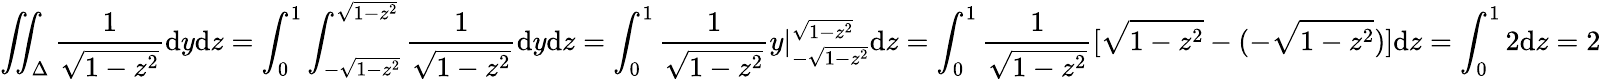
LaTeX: \iint_{\Delta}\frac{1}{\sqrt{1-z^{2}}}\mathrm{d}y\mathrm{d}z=\int_{0}^{1}\int_{-\sqrt{1-z^{2}}}^{\sqrt{1-z^{2}}}\frac{1}{\sqrt{1-z^{2}}}\mathrm{d}y\mathrm{d}z=\int_{0}^{1}\frac{1}{\sqrt{1-z^{2}}}y|_{-\sqrt{1-z^{2}}}^{\sqrt{1-z^{2}}}\mathrm{d}z=\int_{0}^{1}\frac{1}{\sqrt{1-z^{2}}}[\sqrt{1-z^{2}}-(-\sqrt{1-z^{2}})]\mathrm{d}z=\int_{0}^{1}2\mathrm{d}z=2